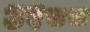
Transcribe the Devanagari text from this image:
४१८८